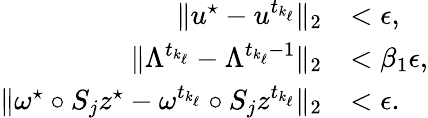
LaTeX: \begin{array}{rl}{\| u^{\star}-u^{t_{k_{\ell}}}\| _{2}}&{<\epsilon,}\\ {\| \Lambda^{t_{k_{\ell}}}-\Lambda^{t_{k_{\ell}}-1}\| _{2}}&{<\beta_{1}\epsilon,}\\ {\| \omega^{\star}\circ S_{j}z^{\star}-\omega^{t_{k_{\ell}}}\circ S_{j}z^{t_{k_{\ell}}}\| _{2}}&{<\epsilon.}\end{array}